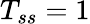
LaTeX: T_{ss}=1